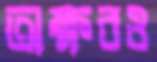
অক্ষরও